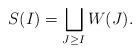
LaTeX: \begin{align*}S(I)=\bigsqcup_{J\ge I} W(J).\end{align*}